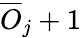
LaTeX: \overline{{O}}_{j}+1